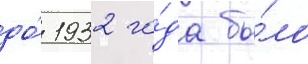
до́ 1932 го́да бы́ло